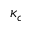
\kappa _ { c }